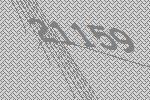
21159